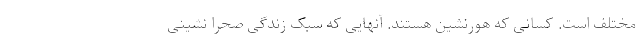
مختلف است. کسانی که هورنشین هستند. آنهایی که سبک زندگی صحرا نشینی